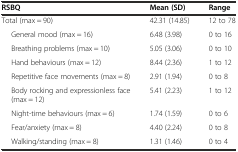
| RSBQ | Mean (SD) | Range |
 | --- | --- | --- |
 | Total (max = 90) | 42.31 (14.85) | 12 to 78 |
 | General mood (max = 16) | 6.48 (3.98) | 0 to 16 |
 | Breathing problems (max = 10) | 5.05 (3.06) | 0 to 10 |
 | Hand behaviours (max = 12) | 8.44 (2.36) | 1 to 12 |
 | Repetitive face movements (max = 8) | 2.91 (1.94) | 0 to 8 |
 | Body rocking and expressionless face (max = 12) | 5.41 (2.23) | 1 to 12 |
 | Night-time behaviours (max = 6) | 1.74 (1.59) | 0 to 6 |
 | Fear/anxiety (max = 8) | 4.40 (2.24) | 0 to 8 |
 | Walking/standing (max = 8) | 1.31 (1.46) | 0 to 4 |